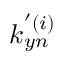
k _ { y n } ^ { ' ( i ) }